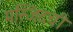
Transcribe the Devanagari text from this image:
मस्जिदची